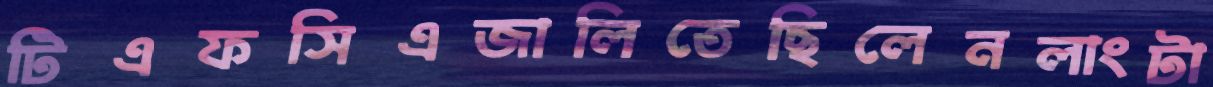
টিএফসিএজালিতেছিলেনলাংটা